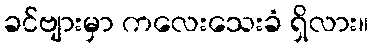
ခင်ဗျားမှာ ကလေးသေးခံ ရှိလား။